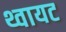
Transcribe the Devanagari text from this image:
थ्वायट